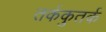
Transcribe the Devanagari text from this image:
तर्ककुतर्क